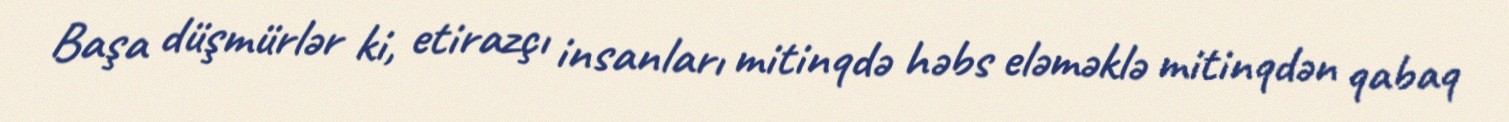
Başa düşmürlər ki, etirazçı insanları mitinqdə həbs eləməklə mitinqdən qabaq